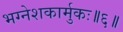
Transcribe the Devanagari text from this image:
भग्नेशकार्मुकः॥६॥